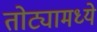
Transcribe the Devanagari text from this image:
तोट्यामध्ये